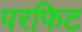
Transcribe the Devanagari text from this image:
परफिट